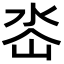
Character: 𭖜